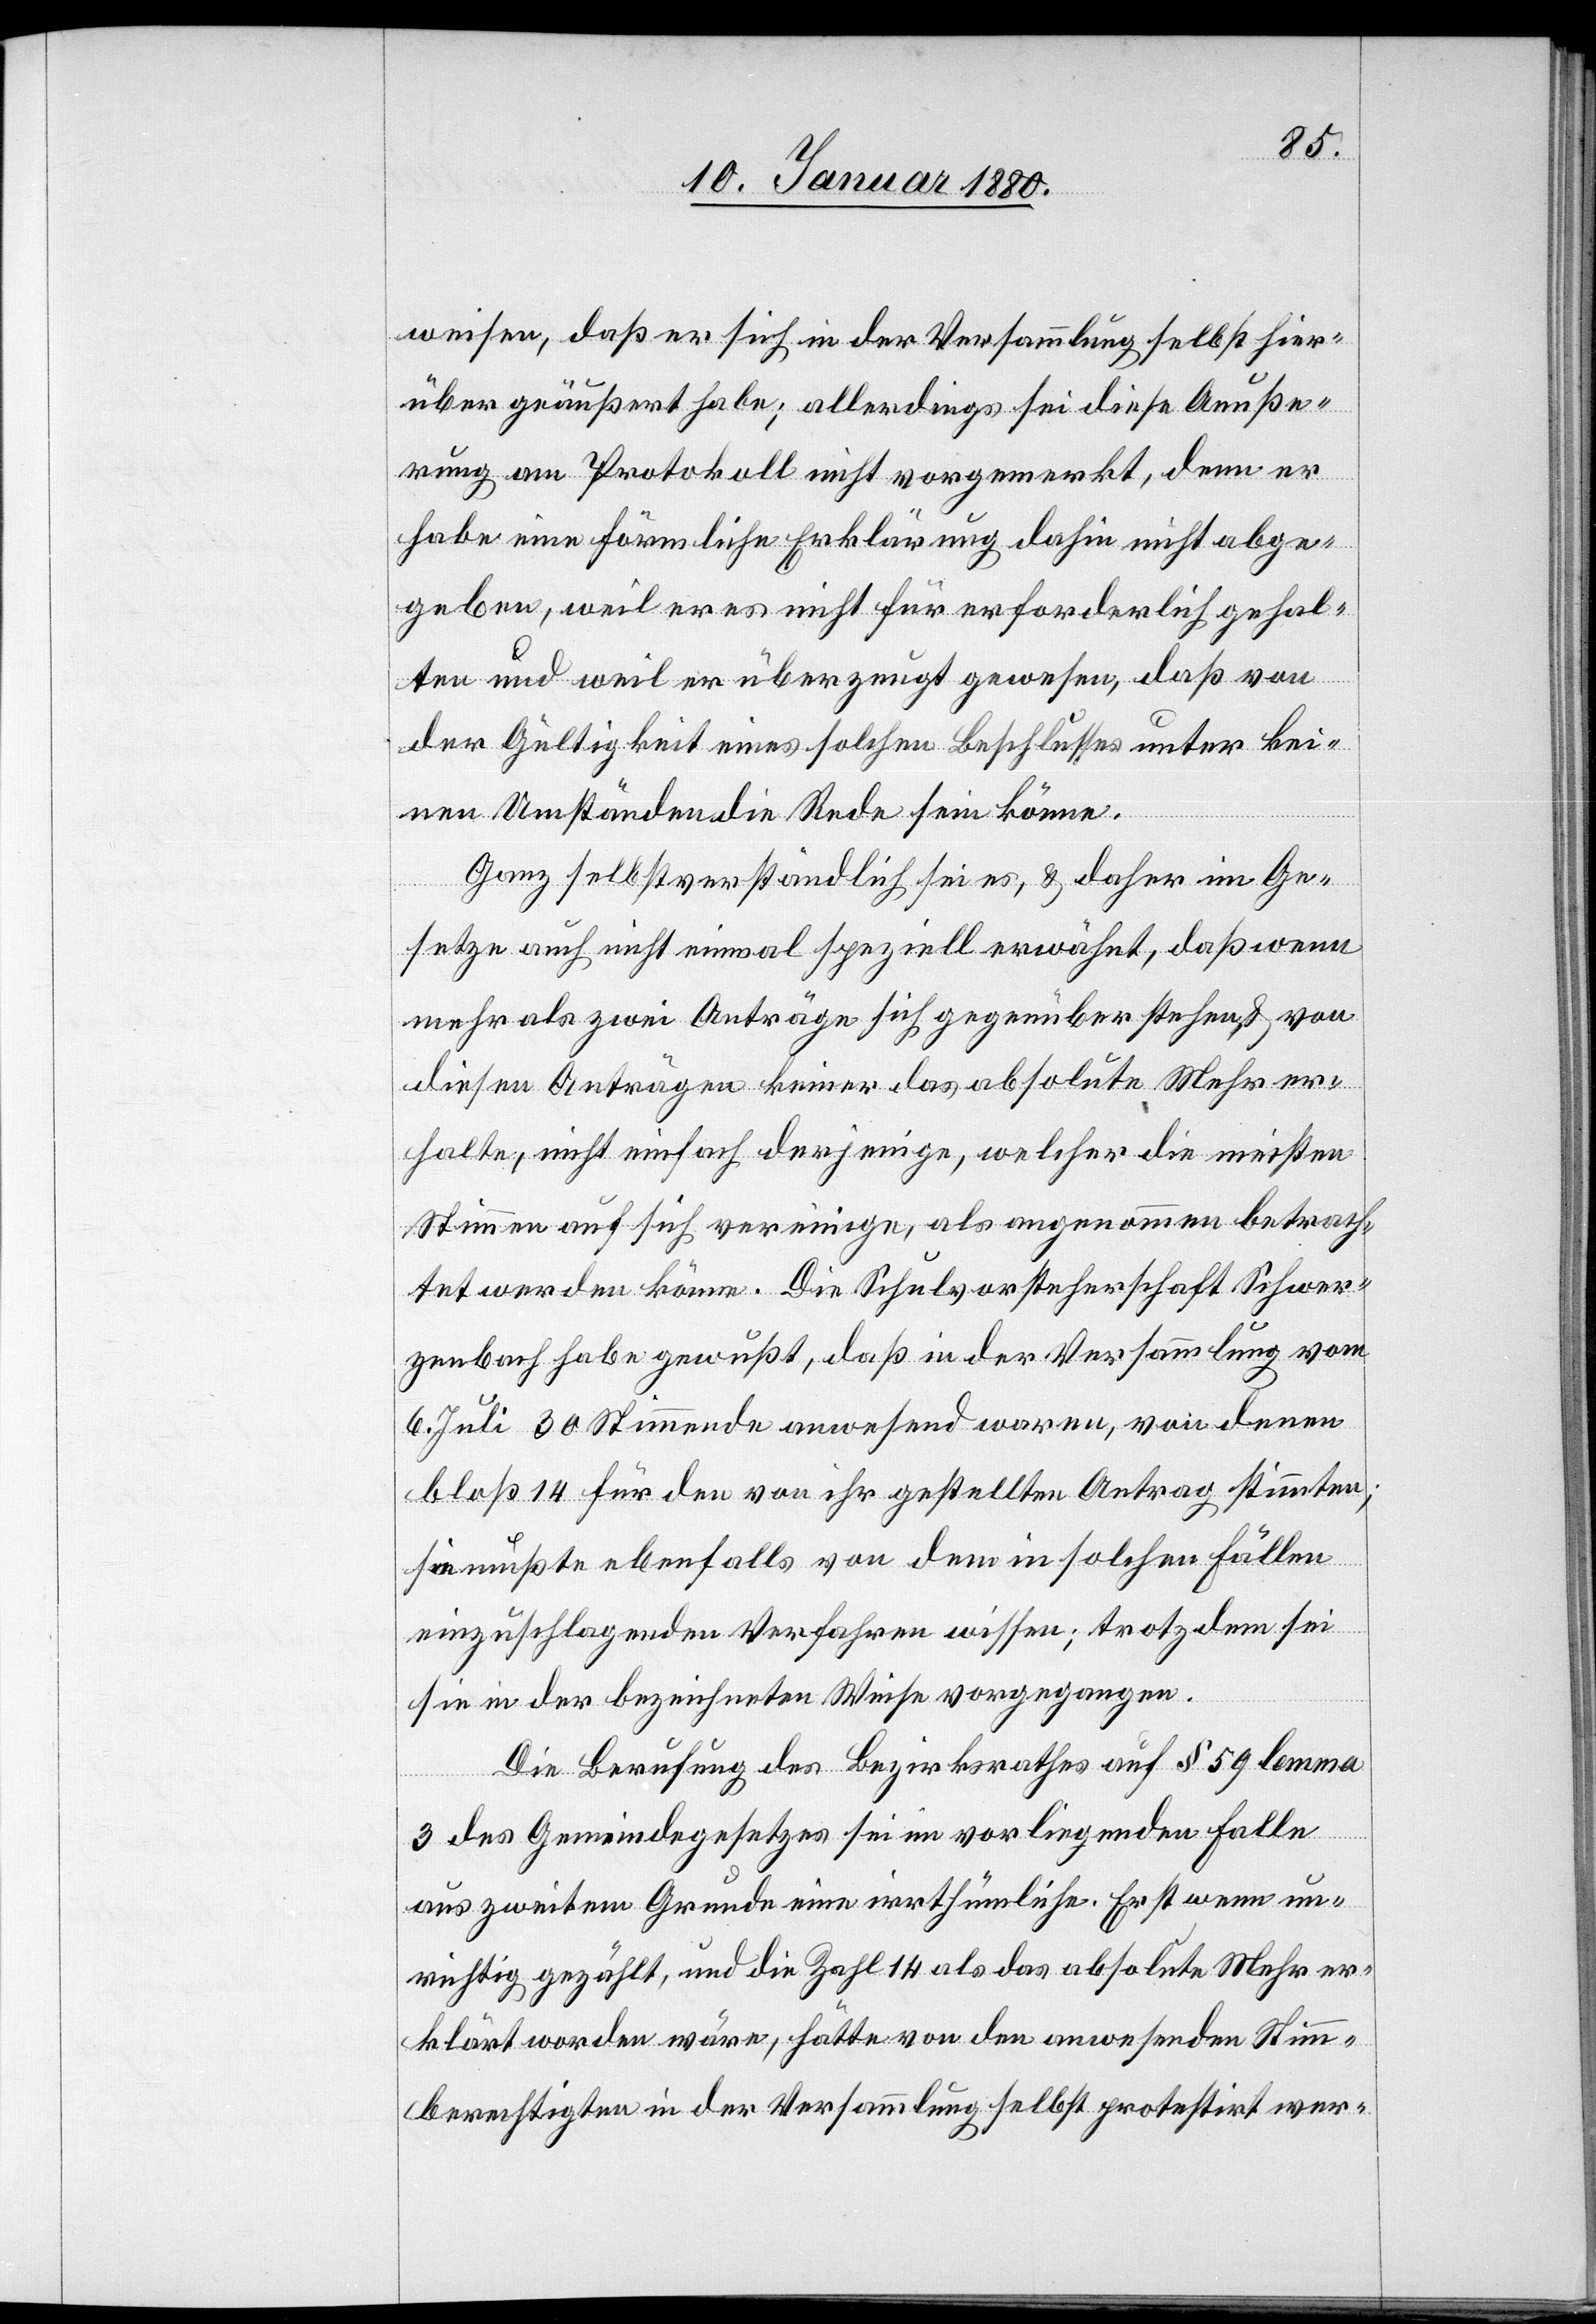
weisen, daß er sich in der Versammlung selbst hier¬
über geäußert habe; allerdings sei diese Aeuße¬
rung am Protokoll nicht vorgemerkt, denn er
habe eine förmliche Erklärung dahin nicht abge¬
geben, weil er es nicht für erforderlich gehal¬
ten und weil er überzeugt gewesen, daß von
der Gültigkeit eines solchen Beschlusses unter kei¬
nen Umständen die Rede sein könne.
Ganz selbstverständlich sei es, & daher im Ge¬
setze auch nicht einmal speziell erwähnt, daß wenn
mehr als zwei Anträge sich gegenüberstehen & von
diesen Anträgen keiner das absolute Mehr er¬
halte, nicht einfach derjenige, welcher die meisten
Stimmen auf sich vereinige, als angenommen betrach¬
tet werden könne. Die Schulvorsteherschaft Schwer¬
zenbach habe gewußt, daß in der Versammlung vom
6. Juli 30 Stimmende anwesend waren, von denen
bloß 14 für den von ihr gestellten Antrag stimmten;
sie mußte ebenfalls von dem in solchen Fällen
einzuschlagenden Verfahren wissen; trotzdem sei
sie in der bezeichneten Weise vorgegangen.
Die Berufung des Bezirksrathes auf § 59 lemma
3 des Gemeindegesetzes sei im vorliegenden Falle
aus zweitem Grunde eine irrthümliche. Erst wenn un¬
richtig gezählt, und die Zahl 14 als das absolute Mehr er¬
klärt worden wäre, hätte von den anwesenden Stimm¬
berechtigten in der Versammlung selbst protestirt wer-